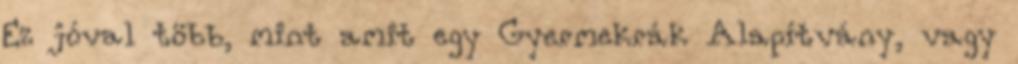
Ez jóval több, mint amit egy Gyermekrák Alapítvány, vagy